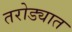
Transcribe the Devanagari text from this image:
तरोड्यात